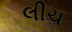
લીચ